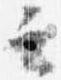
云